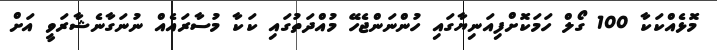
މޮޅެއްކަކާ 100 ގޯލް ހަމަކޮށްފިއަނިޔާގައި ހުންނަންޖެހޭ މުއްދަތުގައި ކަކާ މުސާރައެއް ނުނަގާނެޝާރަވީ އަށް